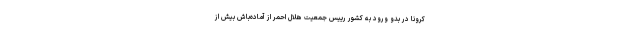
کرونا در بدو ورود به کشور رییس جمعیت هلال احمر از آماده‌باش بیش از